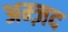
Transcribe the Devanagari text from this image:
अम्ज़द